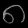
Digit: ၈